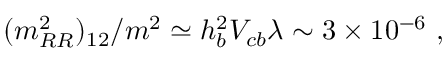
( m _ { R R } ^ { 2 } ) _ { 1 2 } / m ^ { 2 } \simeq h _ { b } ^ { 2 } V _ { c b } \lambda \sim 3 \times 1 0 ^ { - 6 } \, \, ,